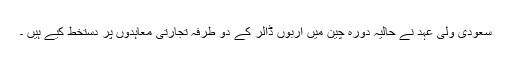
سعودی ولی عہد نے حالیہ دورہ چین میں اربوں ڈالر کے دو طرفہ تجارتی معاہدوں پر دستخط کیے ہیں ۔